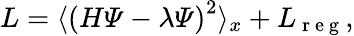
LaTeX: L=\langle\left(H\varPsi-\lambda\varPsi\right)^{2}\rangle_{x}+L_{\mathrm{~r~e~g~}},